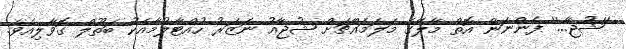
''ޝުޖާ...'' ފެންނަން އޮތް މާލޭގެ މަލަމައްޗަށް ޝުޖާއު ނަޒަރު ހުއްޓާލުމާއެކު ބަތޫލް ގޮވާލިއެވެ.